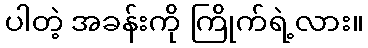
ပါတဲ့ အခန်းကို ကြိုက်ရဲ့လား။